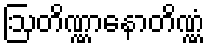
ဩတိဏ္ဏာနောတိဏ္ဏံ